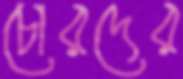
চোরদের